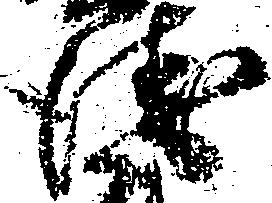
衛